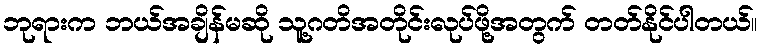
ဘုရားက ဘယ်အချိန်မဆို သူ့ဂတိအတိုင်းလုပ်ဖို့အတွက် တတ်နိုင်ပါတယ်။